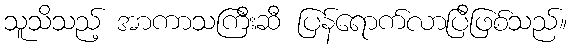
သူသိသည့် အာကာသကြီးဆီ ပြန်ရောက်လာပြီဖြစ်သည်။